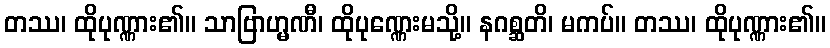
တဿ၊ ထိုပုဏ္ဏား၏။ သာဗြာဟ္မဏီ၊ ထိုပုဏ္ဏေးမသို့။ နဂစ္ဆတိ၊ မကပ်။ တဿ၊ ထိုပုဏ္ဏား၏။